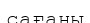
сағаны